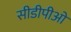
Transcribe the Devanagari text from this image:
सीडीपीओ